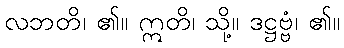
လဘတိ၊ ၏။ ဣတိ၊ သို့။ ဒဋ္ဌဗ္ဗံ၊ ၏။